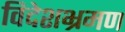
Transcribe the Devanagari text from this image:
विदेशभ्रमण